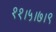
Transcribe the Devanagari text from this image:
११।५।७।९